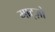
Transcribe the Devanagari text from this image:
माट्ज़ो